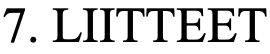
7. LIITTEET